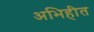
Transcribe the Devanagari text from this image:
अभिहीत